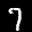
Label: 7